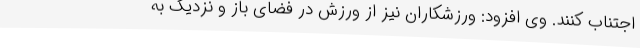
اجتناب کنند. وی افزود: ورزشکاران نیز از ورزش در فضای باز و نزدیک به